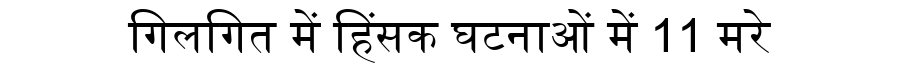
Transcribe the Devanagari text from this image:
गिलगित में हिंसक घटनाओं में 11 मरे